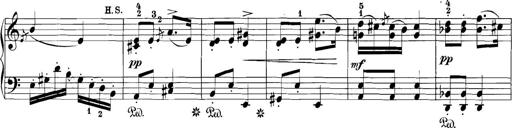
Title: 3 Sonatinas
Composer: Carl Reinecke